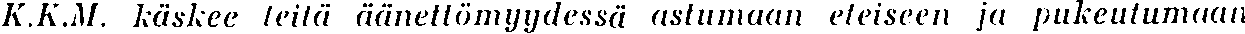
K.K.M. käskee leitä äänettömyydessä astumaan eteiseen ja pukeutumaan